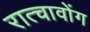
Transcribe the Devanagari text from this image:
रात्चावोंग